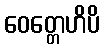
ဝေတ္တေဟိပိ